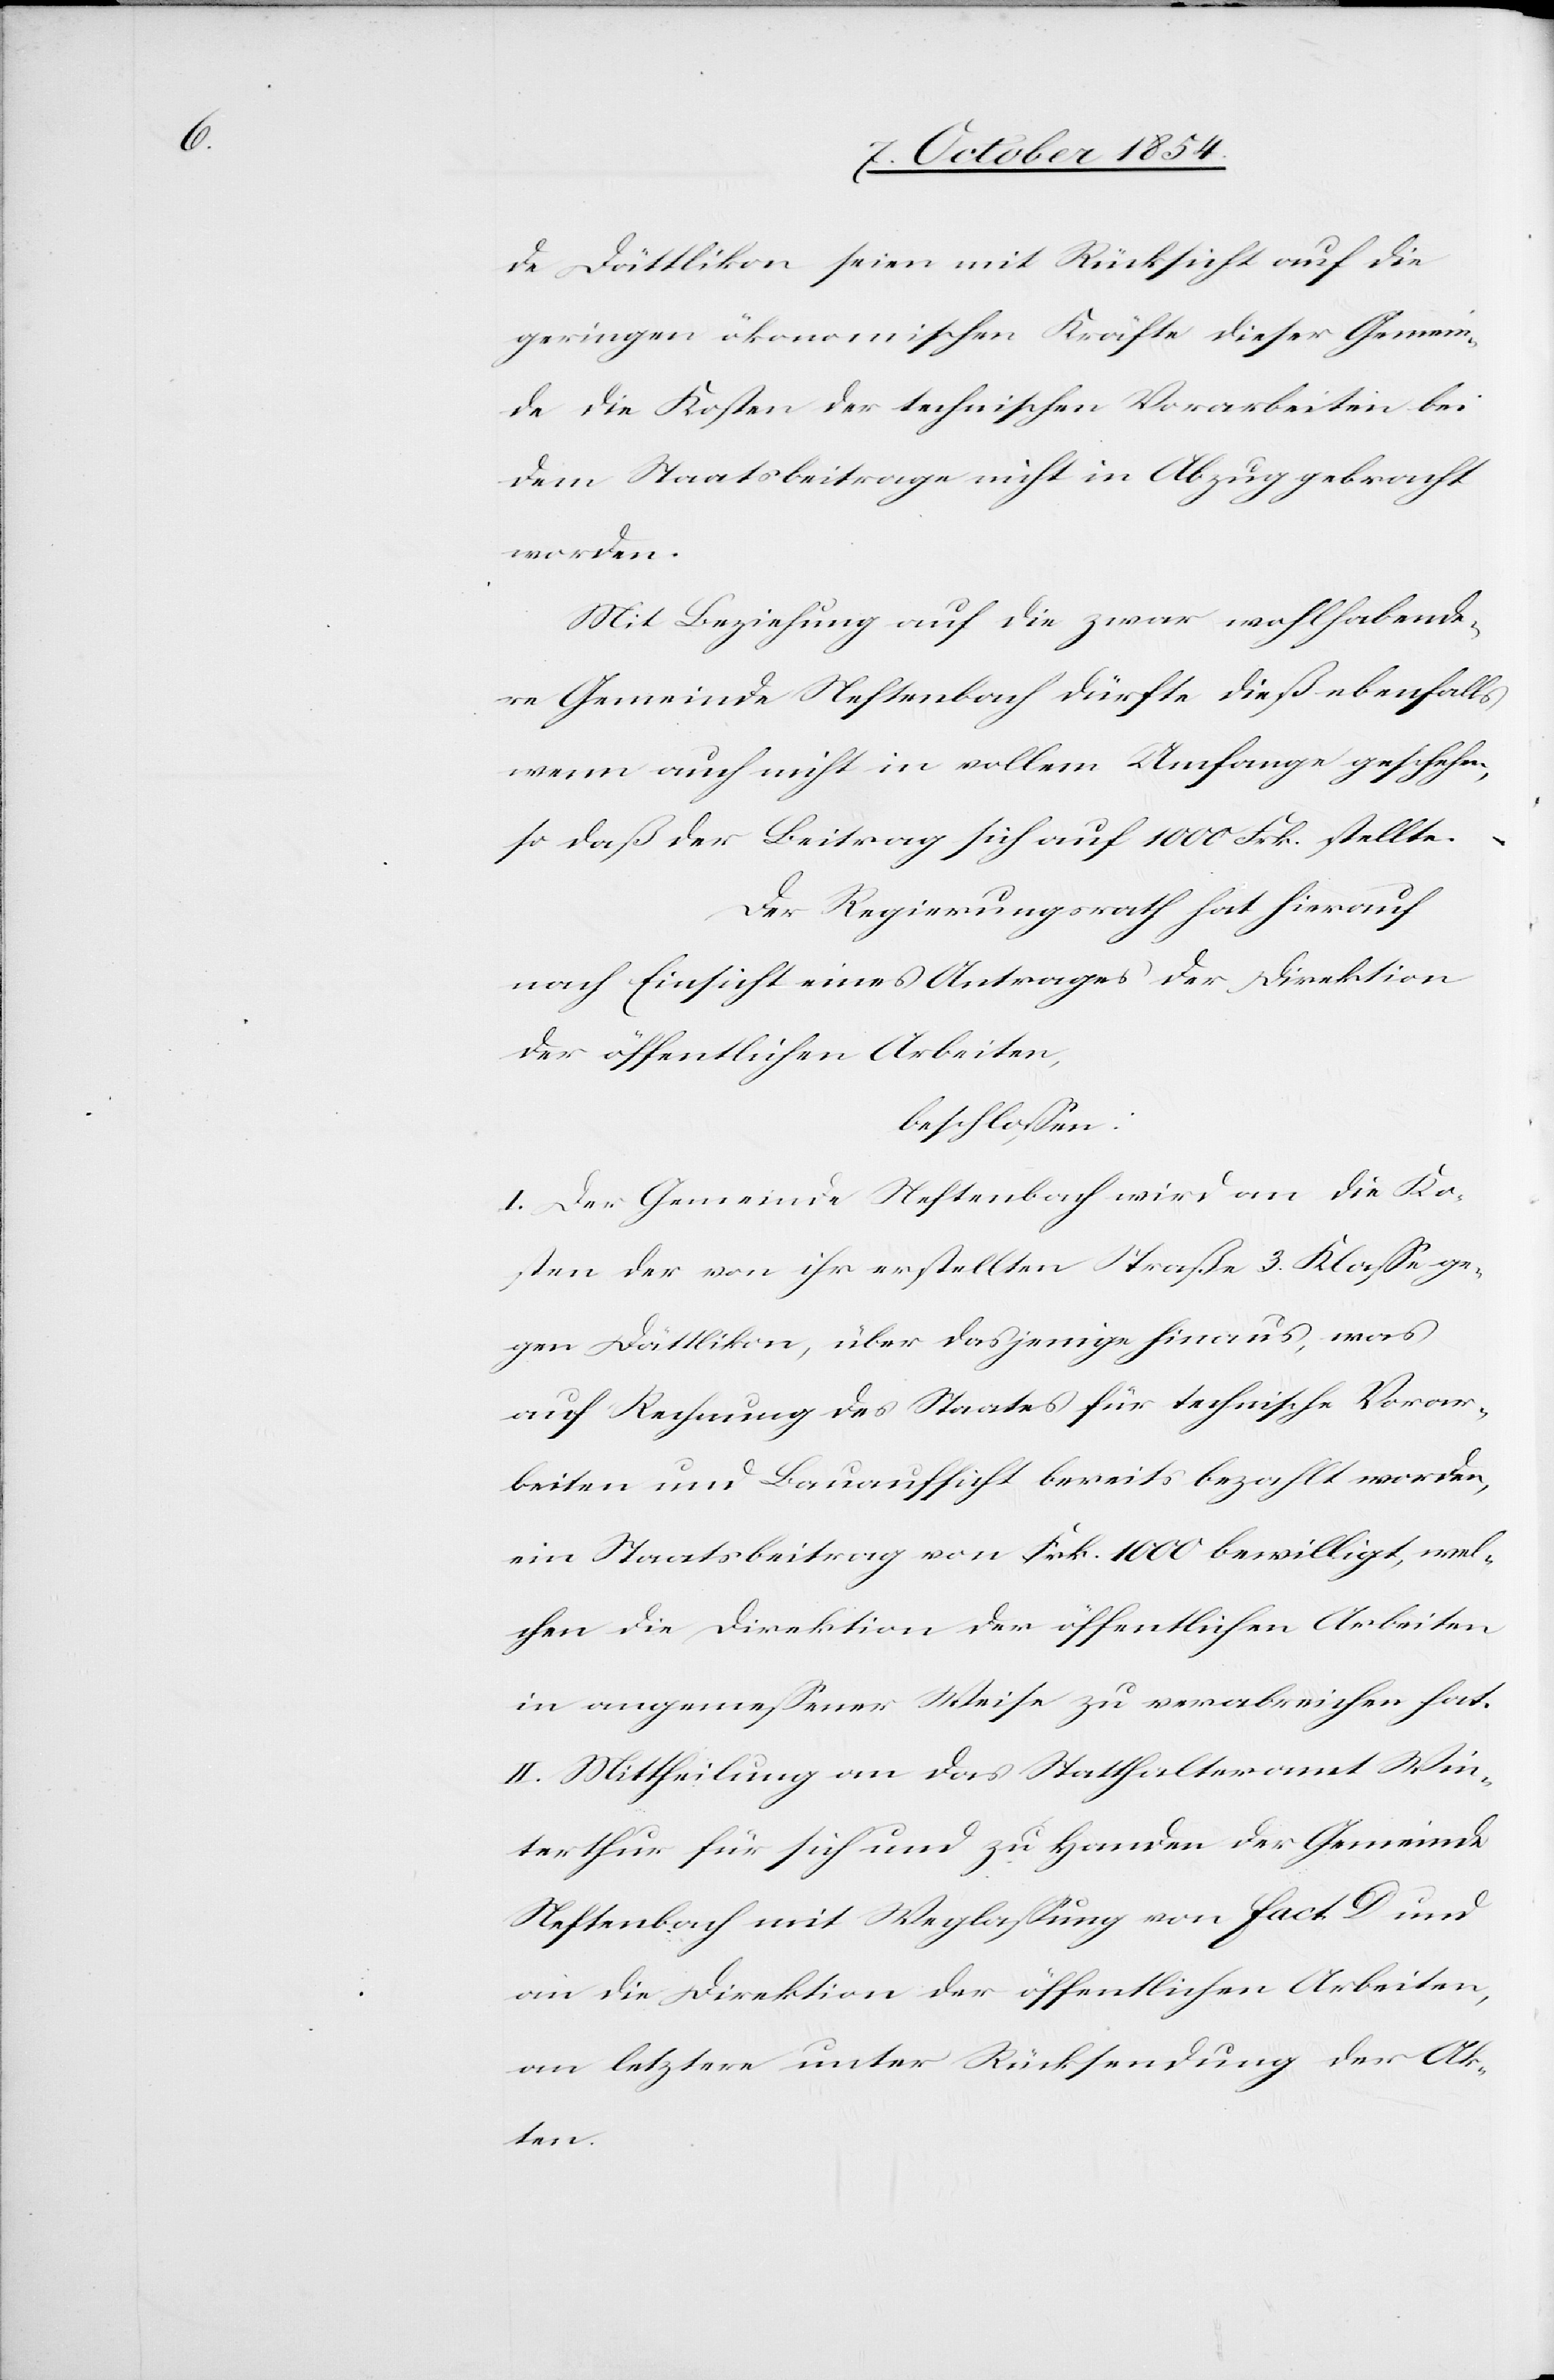
de Dättlikon seien mit Rücksicht auf die
geringen ökonomischen Kräfte dieser Gemein¬
de die Kosten der technischen Vorarbeiten bei
dem Staatsbeitrage nicht in Abzug gebracht
worden.
Mit Beziehung auf die zwar wohlhabende¬
re Gemeinde Neftenbach dürfte dieß ebenfalls
wenn auch nicht in vollem Umfange geschehen,
so daß der Beitrag sich auf 1000 Frk. stellte.
Der Regierungsrath hat hierauf
nach Einsicht eines Antrages der Direktion
der öffentlichen Arbeiten
beschloßen:
I. Der Gemeinde Neftenbach wird an die Ko¬
sten der von ihr erstellten Straße 3. Klaße ge¬
gen Dättlikon, über dasjenige hinaus, was
auf Rechnung des Staates für technische Vorar¬
beiten und Bauaufsicht bereits bezahlt worden,
ein Staatsbeitrag von Frk. 1000 bewilligt, wel¬
chen die Direktion der öffentlichen Arbeiten
in angemeßener Weise zu verabreichen hat.
II. Mittheilung an das Statthalteramt Win¬
terthur für sich und zu Handen der Gemeinde
Neftenbach mit Weglaßung von fact. D und
an die Direktion der öffentlichen Arbeiten,
an letztere unter Rücksendung der Ak¬
ten.